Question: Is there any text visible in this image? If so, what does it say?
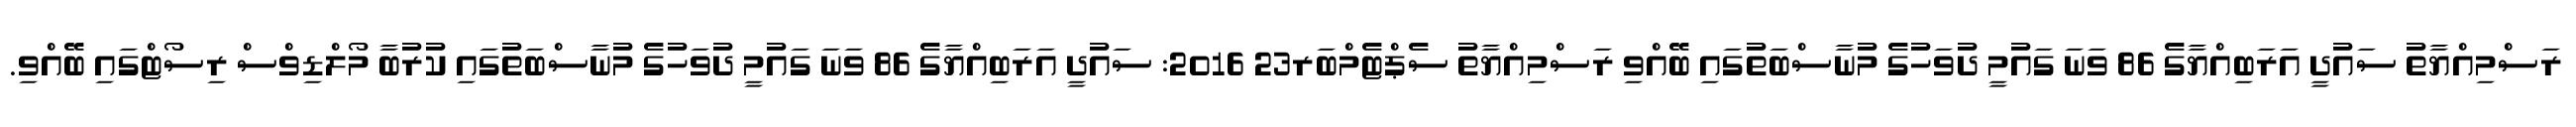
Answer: ރަސްމިއްޔާތު ސައުދީ އަރަބިއްޔާގެ 86 ވަނަ ގައުމީ ދުވަހުގެ މުނާސްބަތުގައި ބޭއްވި ރަސްމިއްޔާތު ސެޕްޓެމްބަރ23 2016: ސައުދީ އަރަބިއްޔާގެ 86 ވަނަ ގައުމީ ދުވަހުގެ މުނާސްބަތުގައި ކުރުބާ މޯލްޑިވްސް ރިސޯޓްގައި ބޭއްވި.